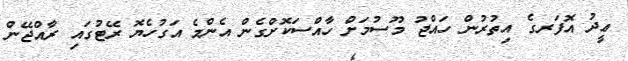
ޢީދު އޮފަރގެ އިތުރުން ހައްޖު މޫސުމަށް ހާއްސަކޮށްގެން އެންމެ އަގުހެޔޮ ރޭޓުގައި ރާއްޖޭން